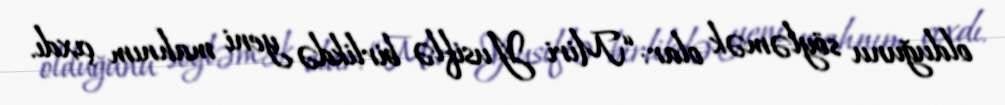
olduğunu söyləmək olar: “Miri Yusiflə birlikdə yeni mahnım çıxdı.